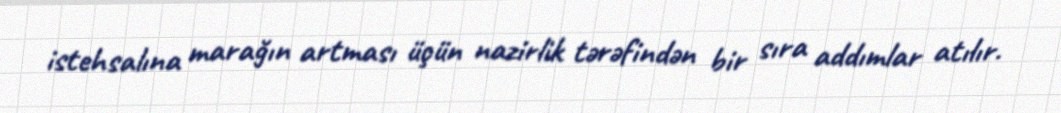
istehsalına marağın artması üçün nazirlik tərəfindən bir sıra addımlar atılır.